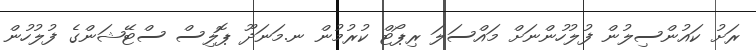
ރަށު ކައުންސިލުން ފުލުހުންނަށް މައްސަލަ ރިޕޯޓް ކުރުމުން ނ.މަނަދޫ ޕޮލިސް ސްޓޭޝަންގެ ފުލުހުން